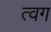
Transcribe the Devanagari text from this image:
त्वग